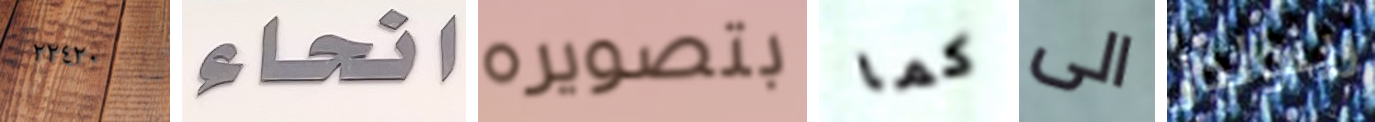
٢٢٤٢٠ انحاء بتصويره كما الى رينولدز